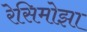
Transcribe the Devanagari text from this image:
रेसिमोझा